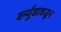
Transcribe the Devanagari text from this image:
बर्म्युडाकडून